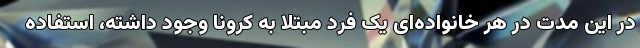
در این مدت در هر خانواده‌ای یک فرد مبتلا به کرونا وجود داشته، استفاده